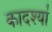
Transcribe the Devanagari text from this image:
कादश्यां